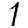
Digit: 1